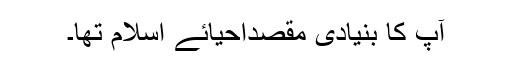
آپ کا بنیادی مقصداحیائے اسلام تھا۔